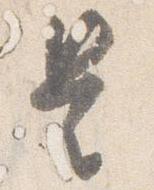
是